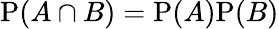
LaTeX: \mathrm{P}(A\cap B)=\mathrm{P}(A)\mathrm{P}(B)